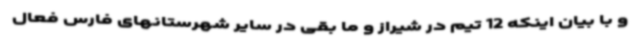
و با بیان اینکه 12 تیم در شیراز و ما بقی در سایر شهرستانهای فارس فعال